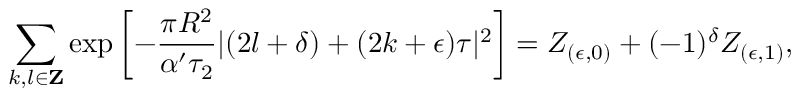
\sum _ { k , l \in { \bf Z } } \exp \left[ - \frac { \pi R ^ { 2 } } { \alpha ^ { \prime } \tau _ { 2 } } | ( 2 l + \delta ) + ( 2 k + \epsilon ) \tau | ^ { 2 } \right] = { \cal Z } _ { ( \epsilon , 0 ) } + ( - 1 ) ^ { \delta } { \cal Z } _ { ( \epsilon , 1 ) } ,